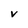
Character: v